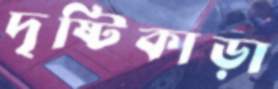
দৃষ্টিকাড়া